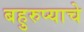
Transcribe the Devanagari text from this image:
बहुरुप्याचे